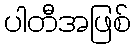
ပါတီအဖြစ်